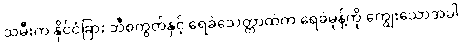
သမီးက နိုင်ငံခြား ဘီစကွတ်နှင့် ရေခဲသေတ္တာထဲက ရေခဲမုန့်ကို ကျွေးသောအခါ